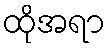
ထိုအရာ